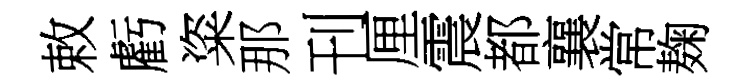
敕虧粢那刊厘震都襄常麹